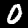
Digit: 0